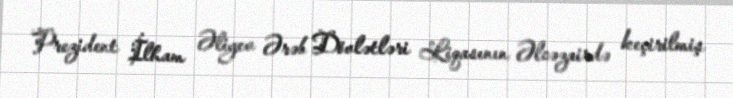
Prezident İlham Əliyev Ərəb Dövlətləri Liqasının Əlcəzairdə keçirilmiş